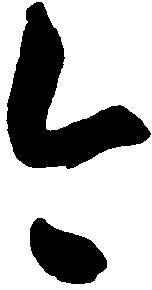
今